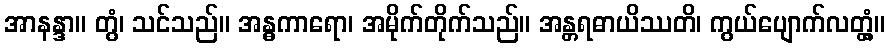
အာနန္ဒာ။ တွံ၊ သင်သည်။ အန္ဓကာရော၊ အမိုက်တိုက်သည်။ အန္တရဓာယိဿတိ၊ ကွယ်ပျောက်လတ္တံ့။